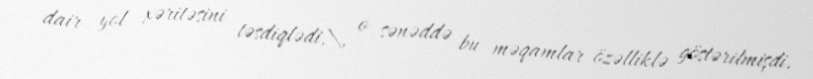
dair yol xəritəsini təsdiqlədi,\, o sənəddə bu məqamlar özəlliklə göstərilmişdi.